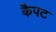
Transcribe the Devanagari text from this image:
कैपट